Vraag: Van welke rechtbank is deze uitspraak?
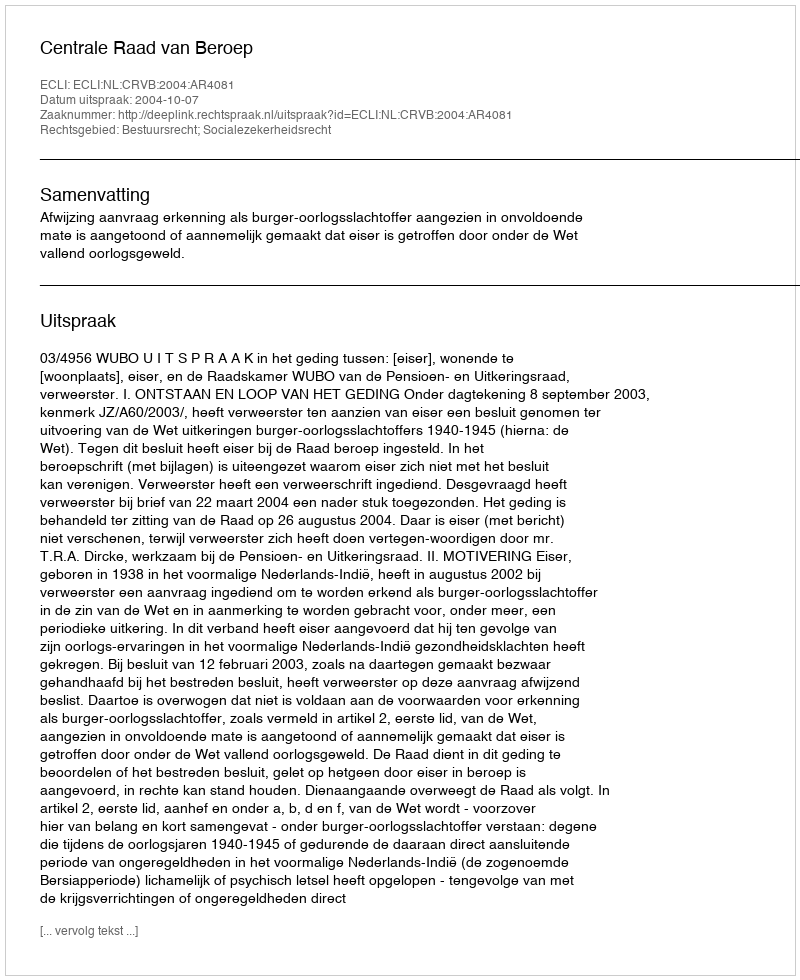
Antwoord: Centrale Raad van Beroep